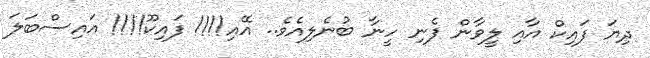
ދިޔަ ފައިކް އާއި ލީވާން ފެނި ހީނާ ބުނެލިއެވެ.. އޭއި!!!! ފައިކޫ!!!! އައިސްބަލަ